Report on the bubonic plague in Bombay, 1896-1897
Year: 1896
Disease focus: Plague
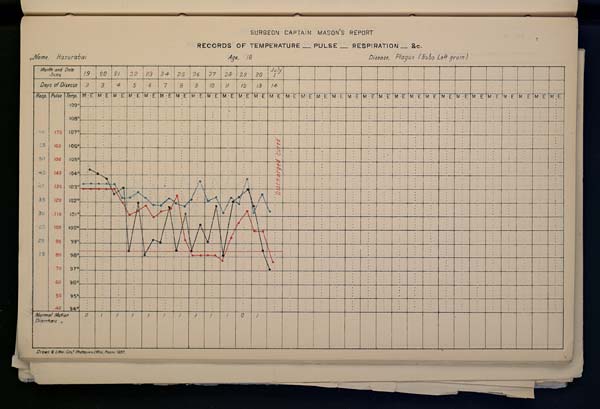
SURGEON
CAPTAIN
MASON'S
REPORT
RECORDS OF TEMPERATURE __ PULSE __ RESPIRATION __ &c.
Name,
Hazurabai
Age,
18
Disease,
Plague
(Bubo
Right
groin
)
Drawn & Litho: Govt. Photozinco: Office, Poona 1897.